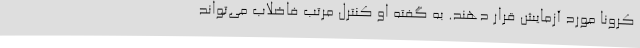
کرونا مورد آزمایش قرار دهند. به گفته او کنترل مرتب فاضلاب می‌تواند